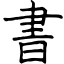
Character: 書